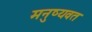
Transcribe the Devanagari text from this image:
मनुष्यवत